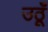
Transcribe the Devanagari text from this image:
उठूँ